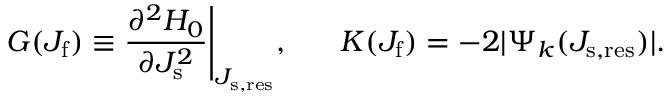
G ( J _ { \mathrm { f } } ) \equiv \frac { \partial ^ { 2 } H _ { 0 } } { \partial J _ { \mathrm { s } } ^ { 2 } } \Bigg \vert _ { J _ { \mathrm { s , r e s } } } , \, \, \, \, \, \, \, \, \, \, K ( J _ { \mathrm { f } } ) = - 2 \vert \Psi _ { k } ( J _ { \mathrm { s , r e s } } ) \vert .